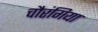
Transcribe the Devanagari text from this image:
चौरंगिया